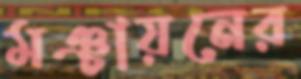
মঞ্চায়নের